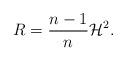
LaTeX: \begin{align*}R=\frac{n-1}{n}\mathcal{H}^2.\end{align*}